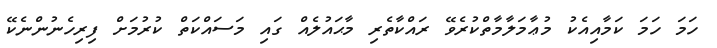
ހަމަ ހަމަ ކަމާއިއެކު މުޢާމަލާމާތްކުރެވޭ ރައްކާތެރި މާޙައުލެއް ގައި މަސައްކަތް ކުރުމަށް ފިރިހެނުންނެކޭ